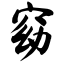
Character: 窈